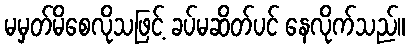
မမှတ်မိစေလိုသဖြင့် ခပ်မဆိတ်ပင် နေလိုက်သည်။